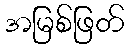
အမြစ်ဖြတ်